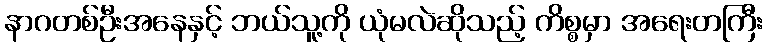
နာဂတစ်ဦးအနေနှင့် ဘယ်သူ့ကို ယုံမလဲဆိုသည့် ကိစ္စမှာ အရေးတကြီး